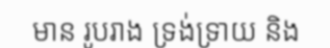
មាន រូបរាង ទ្រង់ទ្រាយ និង